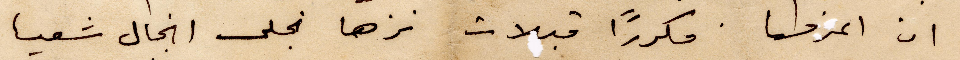
ان اعرف مكررًا قبلات نزها نجلى انجال شعيا